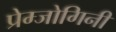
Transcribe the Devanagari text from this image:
प्रेम्जोगिनी